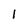
Character: 1